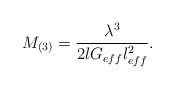
\begin{align*}M_{(3)}=\frac{\lambda ^{3}}{2lG_{eff}l_{eff}^{2}}.\end{align*}